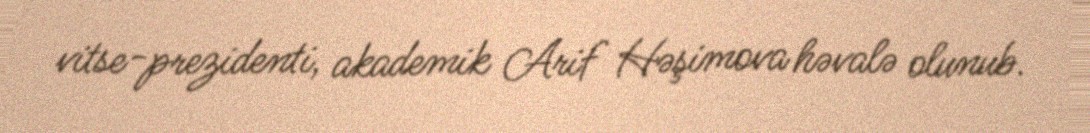
vitse-prezidenti, akademik Arif Həşimova həvalə olunub.